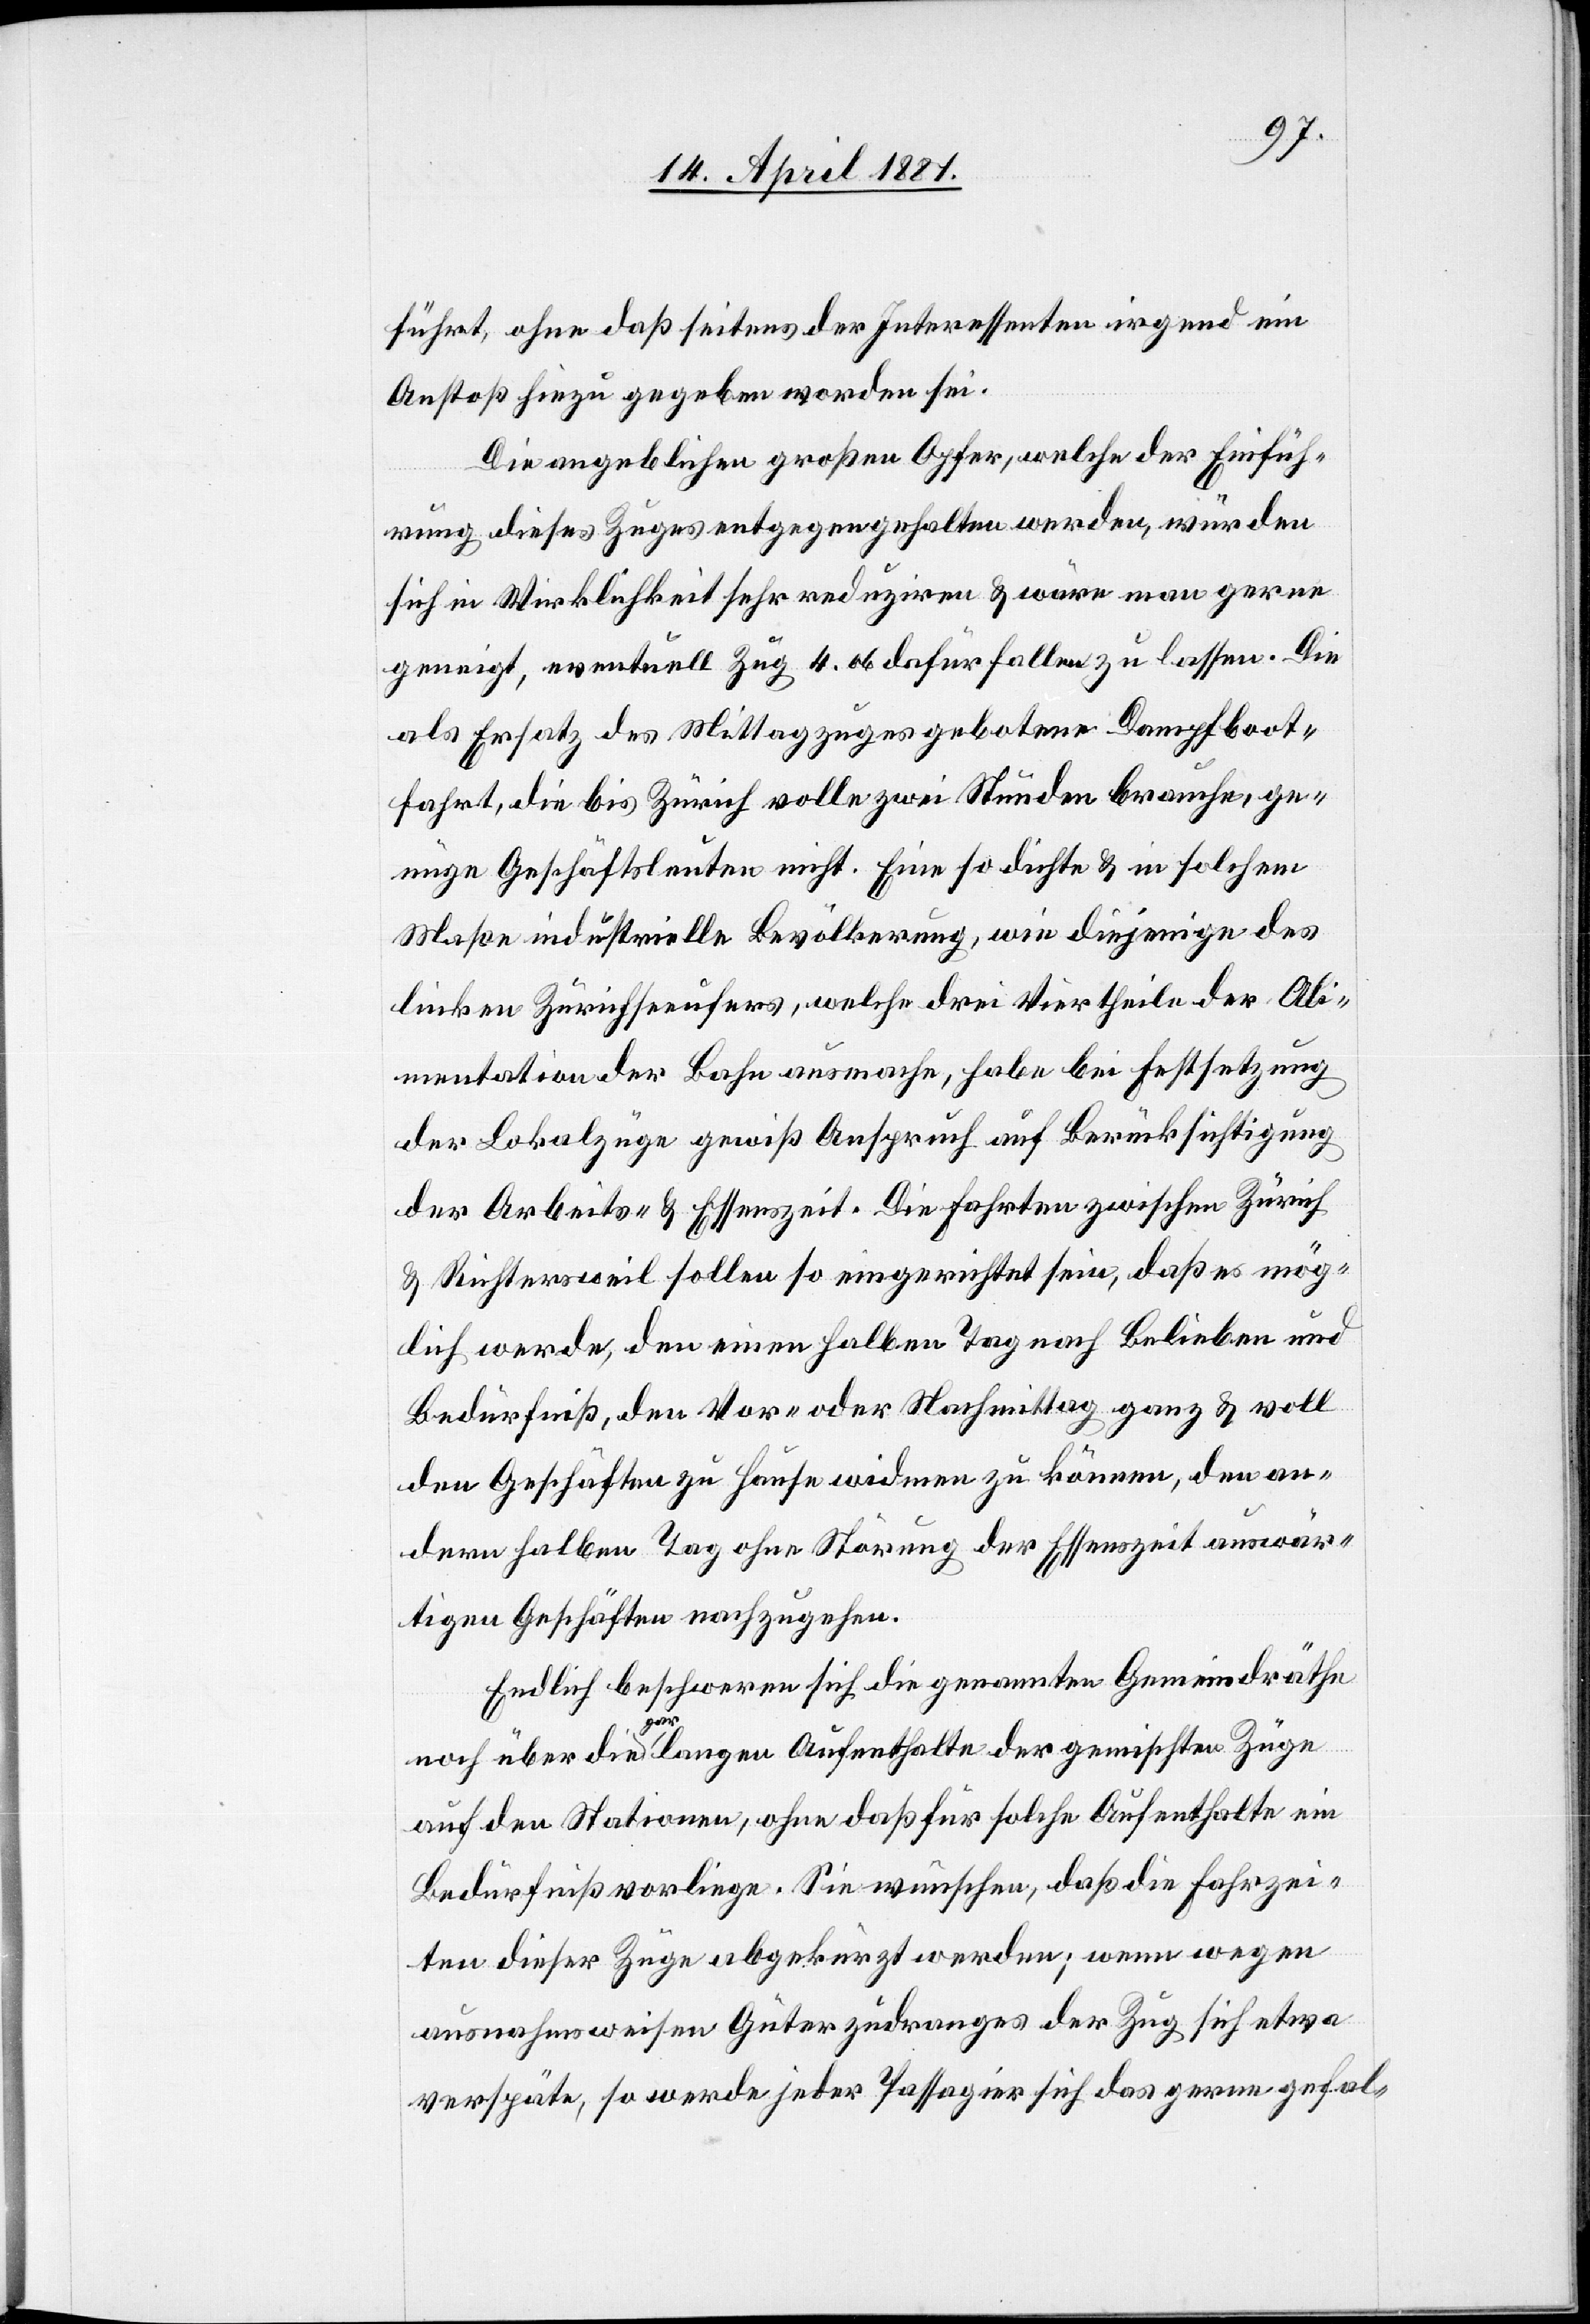
führt ohne daß seitens der Interessenten irgend ein
Anstoß hinzu gegeben worden sei.
Die angeblichen großen Opfer, welche der Einfüh¬
rung dieses Zuges entgegenhalten werden, würden
sich in Wirklichkeit sehr reduzieren & wäre man gerne
geneigt, eventuell Zug 4.06 dafür fallen zu lassen. Die
als Ersatz des Mittagzuges gebotene Dampfboot¬
fahrt, die bis Zürich volle zwei Stunden brauche, ge¬
nüge Geschäftsleuten nicht. Eine so dichte & in solchem
Maße industrielle Bevölkerung, wie diejenige des
linken Zürichseeufers, welche drei Viertheile der Ali¬
mentation der Bahn ausmache, habe bei Festsetzung
der Lokalzüge gewiß Anspruch auf Berücksichtigung
der Arbeits- & Essenszeit. Die Fahrten zwischen Zürich
& Richtersweil sollen so eingerichtet sein, daß es mög¬
lich werde, den einen halben Tag nach Belieben und
Bedürfniß, den Vor- oder Nachmittag ganz & voll
den Geschäften zu Hause widmen zu können, den an¬
dern halben Tag ohne Stärkung der Essenszeit auswär¬
tigen Geschäften nachzugehen.
Endlich beschweren sich die genannten Gemeindräthe
noch über die gar langen Aufenthalte der Gemischten Züge
auf den Stationen, ohne daß für solche Aufenthalte ein
Bedürfniß vorliege. Sie wünschen, daß die Fahrzei¬
ten dieser Züge abgekürzt werden; wenn wegen
ausnahmsweisen Güterzudranges der Zug sich etwa
verspäte, so werde jeder Passagier sich das gerne gefal-